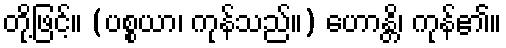
တို့ဖြင့်။ (ပစ္စယာ၊ ကုန်သည်။) ဟောန္တိ၊ ကုန်၏။